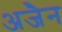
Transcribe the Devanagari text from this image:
अजैन